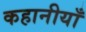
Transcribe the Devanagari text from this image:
कहानीयाँ